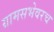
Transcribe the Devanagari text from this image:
ग्रामसभेवरच